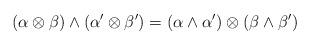
LaTeX: \begin{align*}(\alpha \otimes \beta) \wedge (\alpha ' \otimes \beta') = (\alpha \wedge \alpha ') \otimes (\beta \wedge \beta ')\end{align*}